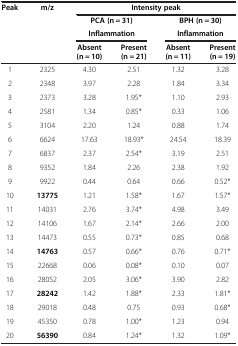
<table><thead><tr><td><b>Peak</b></td><td><b>m/z</b></td><td colspan="4"><b>Intensity peak</b></td></tr><tr><td><b> </b></td><td><b> </b></td><td colspan="2"><b>PCA (n = 31)</b></td><td colspan="2"><b>BPH (n = 30)</b></td></tr><tr><td><b> </b></td><td><b> </b></td><td colspan="2"><b>Inflammation</b></td><td colspan="2"><b>Inflammation</b></td></tr><tr><td><b> </b></td><td><b> </b></td><td><b>Absent (n = 10)</b></td><td><b>Present (n = 21)</b></td><td><b>Absent (n = 11)</b></td><td><b>Present (n = 19)</b></td></tr></thead><tbody><tr><td>1</td><td>2325</td><td>4.30</td><td>2.51</td><td>1.32</td><td>3.28</td></tr><tr><td>2</td><td>2348</td><td>3.97</td><td>2.28</td><td>1.84</td><td>3.34</td></tr><tr><td>3</td><td>2373</td><td>3.28</td><td>1.95*</td><td>1.10</td><td>2.93</td></tr><tr><td>4</td><td>2581</td><td>1.34</td><td>0.85*</td><td>0.33</td><td>1.06</td></tr><tr><td>5</td><td>3104</td><td>2.20</td><td>1.24</td><td>0.88</td><td>1.74</td></tr><tr><td>6</td><td>6624</td><td>17.63</td><td>18.93*</td><td>24.54</td><td>18.39</td></tr><tr><td>7</td><td>6837</td><td>2.37</td><td>2.54*</td><td>3.19</td><td>2.51</td></tr><tr><td>8</td><td>9352</td><td>1.84</td><td>2.26</td><td>2.38</td><td>1.92</td></tr><tr><td>9</td><td>9922</td><td>0.44</td><td>0.64</td><td>0.66</td><td>0.52*</td></tr><tr><td>10</td><td><b>13775</b></td><td>1.21</td><td>1.58*</td><td>1.67</td><td>1.57*</td></tr><tr><td>11</td><td>14031</td><td>2.76</td><td>3.74*</td><td>4.98</td><td>3.49</td></tr><tr><td>12</td><td>14106</td><td>1.67</td><td>2.14*</td><td>2.66</td><td>2.00</td></tr><tr><td>13</td><td>14473</td><td>0.55</td><td>0.73*</td><td>0.85</td><td>0.68</td></tr><tr><td>14</td><td><b>14763</b></td><td>0.57</td><td>0.66*</td><td>0.76</td><td>0.71*</td></tr><tr><td>15</td><td>22668</td><td>0.06</td><td>0.08*</td><td>0.10</td><td>0.07</td></tr><tr><td>16</td><td>28052</td><td>2.05</td><td>3.06*</td><td>3.90</td><td>2.82</td></tr><tr><td>17</td><td><b>28242</b></td><td>1.42</td><td>1.88*</td><td>2.33</td><td>1.81*</td></tr><tr><td>18</td><td>29018</td><td>0.48</td><td>0.75</td><td>0.93</td><td>0.68*</td></tr><tr><td>19</td><td>45350</td><td>0.78</td><td>1.00*</td><td>1.23</td><td>0.94</td></tr><tr><td>20</td><td><b>56390</b></td><td>0.84</td><td>1.24*</td><td>1.32</td><td>1.09*</td></tr></tbody></table>